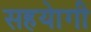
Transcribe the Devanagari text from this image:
सहयाेगी